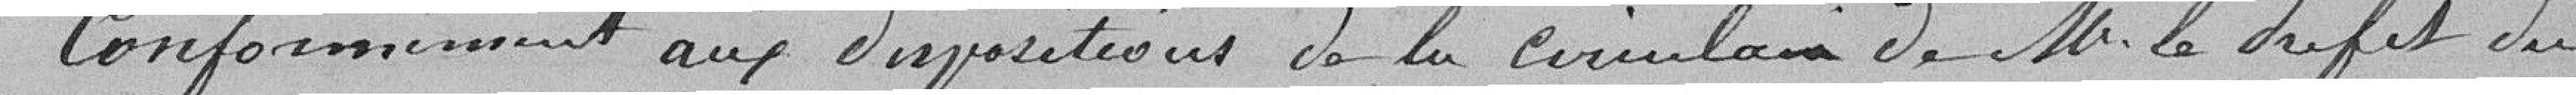
Conformément aux dispositions de la circulaire de Monsieur le Préfet du